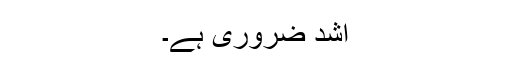
اشد ضروری ہے۔